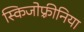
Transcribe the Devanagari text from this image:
स्किजोफ़्रीनिया